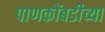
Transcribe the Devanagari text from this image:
पाणकोंबडीच्या